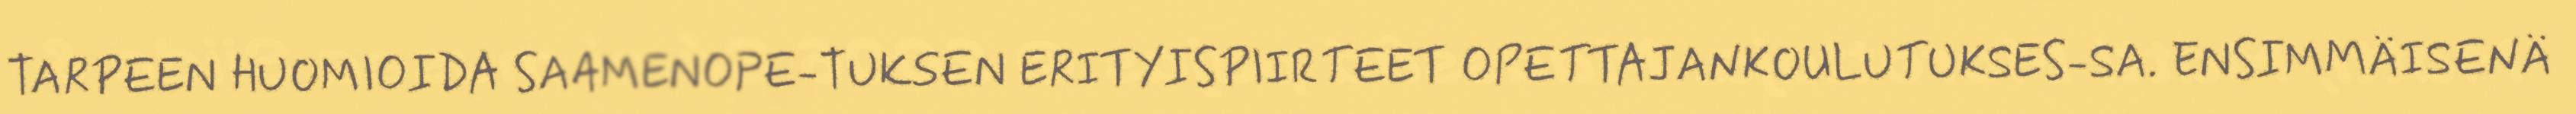
TARPEEN HUOMIOIDA SAAMENOPE-TUKSEN ERITYISPIIRTEET OPETTAJANKOULUTUKSES-SA. ENSIMMÄISENÄ